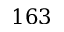
1 6 3